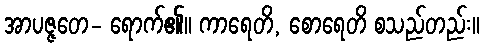
အာပဇ္ဇတေ- ရောက်၏။ ကာရေတိ, စောရေတိ စသည်တည်း။